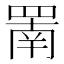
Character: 罱